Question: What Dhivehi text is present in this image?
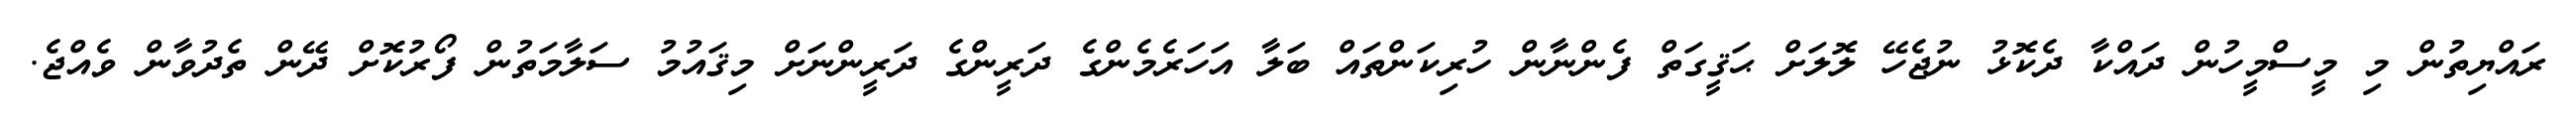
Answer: ރައްޔިތުން މި މީސްމީހުން ދައްކާ ދެކޮޅު ނުޖެހޭ ލޮލަށް ޙަޤީގަތް ފެންނާން ހުރިކަންތައް ބަލާ އަހަރެމެންގެ ދަރީންގެ ދަރީންނަށް މިޤައުމު ސަލާމަތުން ފޯރުކޮށް ދޭން ތެދުވާން ވެއްޖެ.